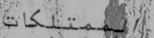
الممتلكات